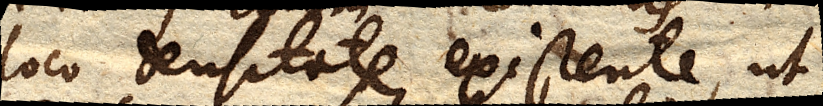
loco densitate existente, ut